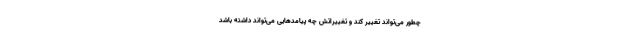
چطور می‌تواند تغییر کند و تغییراتش چه پیامدهایی می‌تواند داشته باشد